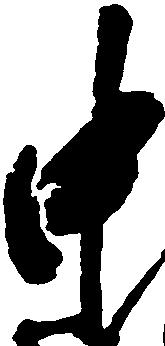
中